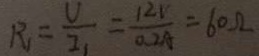
R _ { 1 } = \frac { U } { I _ { 1 } } = \frac { 1 2 V } { 0 . 2 A } = 6 0 \Omega